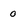
Character: 0